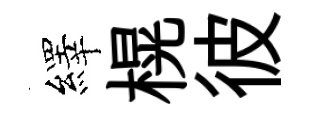
繹榥彼